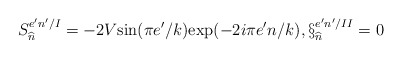
\begin{align*}S_{\widehat{n}}^{e'n'/I}=-2V\mbox{sin}(\pi e'/k)\mbox{exp}(-2i\pi e'n/k),\S_{\widehat{n}}^{e'n'/II}=0\end{align*}